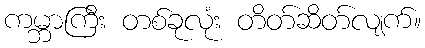
ကမ္ဘာကြီး တစ်ခုလုံး တိတ်ဆိတ်လျက်။